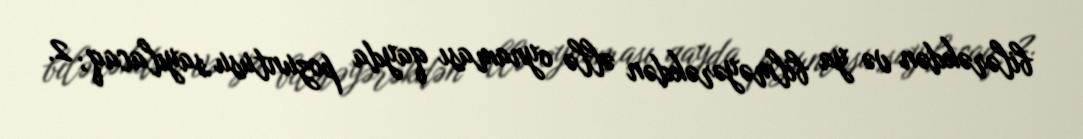
bilərəkdən və ya bilməyərəkdən əllə oynaması qayda pozuntusu sayılacaq; 2.